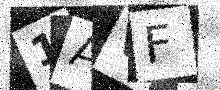
Text: 1AVF